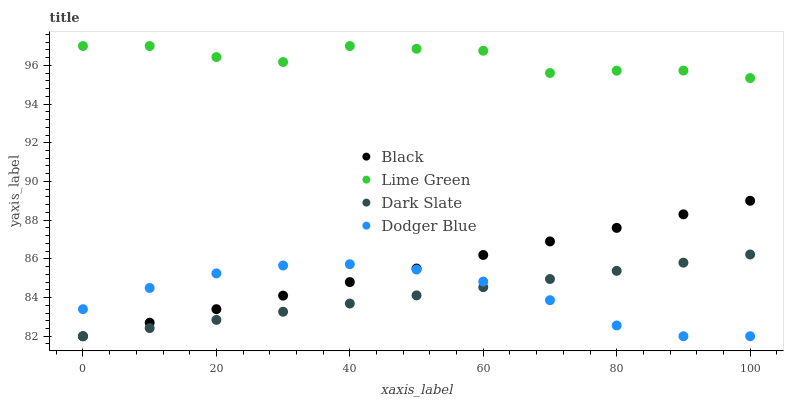
| xaxis_label | Black | Lime Green | Dark Slate | Dodger Blue |
 | --- | --- | --- | --- | --- |
 | 0 | 82 | 97 | 82 | 83.4 |
 | 10 | 82.7 | 97 | 82.4 | 84.5 |
 | 20 | 83.4 | 96.4 | 82.8 | 85.2 |
 | 30 | 84.1 | 96.2 | 83.3 | 85.7 |
 | 40 | 84.8 | 97 | 83.7 | 85.7 |
 | 50 | 85.5 | 96.9 | 84.1 | 85.4 |
 | 60 | 86.2 | 96.8 | 84.5 | 84.8 |
 | 70 | 86.9 | 95.6 | 85 | 83.9 |
 | 80 | 87.6 | 95.7 | 85.4 | 82.6 |
 | 90 | 88.3 | 95.7 | 85.8 | 82 |
 | 100 | 89 | 95.3 | 86.2 | 82 |